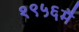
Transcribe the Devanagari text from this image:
१९५६मै